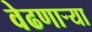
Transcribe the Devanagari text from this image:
वेढणार्‍या